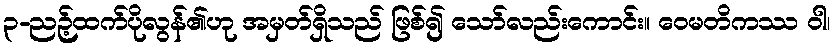
၃-ညဉ့်ထက်ပိုလွန်၏ဟု အမှတ်ရှိသည် ဖြစ်၍ သော်လည်းကောင်း။ ဝေမတိကဿ ဝါ၊